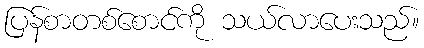
ပြန်စာတစ်စောင်ကို သယ်လာပေးသည်။